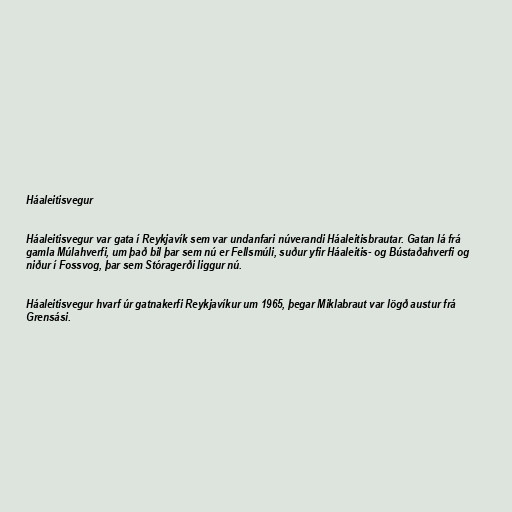
Háaleitisvegur

Háaleitisvegur var gata í Reykjavík sem var undanfari núverandi Háaleitisbrautar. Gatan lá frá
gamla Múlahverfi, um það bil þar sem nú er Fellsmúli, suður yfir Háaleitis- og Bústaðahverfi og
niður í Fossvog, þar sem Stóragerði liggur nú.

Háaleitisvegur hvarf úr gatnakerfi Reykjavíkur um 1965, þegar Miklabraut var lögð austur frá
Grensási.